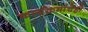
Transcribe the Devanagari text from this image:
कार्यक्रमांचेही